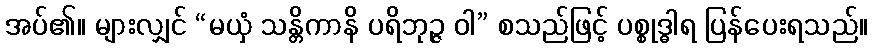
အပ်၏။ များလျှင် “မယှံ သန္တိကာနိ ပရိဘုဉ္ဇ ဝါ” စသည်ဖြင့် ပစ္စုဒ္ဓါရ ပြန်ပေးရသည်။